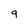
Character: 9